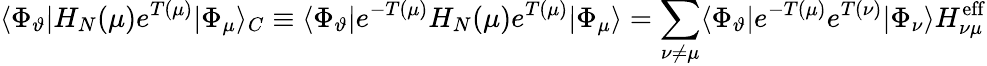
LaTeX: \langle\Phi_{\vartheta}|H_{N}(\mu)e^{T(\mu)}|\Phi_{\mu}\rangle_{C}\equiv\langle\Phi_{\vartheta}|e^{-T(\mu)}H_{N}(\mu)e^{T(\mu)}|\Phi_{\mu}\rangle=\sum_{\nu\neq\mu}\langle\Phi_{\vartheta}|e^{-T(\mu)}e^{T(\nu)}|\Phi_{\nu}\rangle H_{\nu\mu}^{\mathrm{eff}}